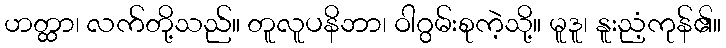
ဟတ္ထာ၊ လက်တို့သည်။ တူလူပနိဘာ၊ ဝါဂွမ်းစုကဲ့သို့။ မူဒူ၊ နူးညံ့ကုန်၏။